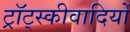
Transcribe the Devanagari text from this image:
ट्रॉट्स्कीवादियों